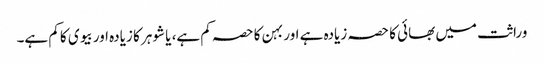
وراثت میں بھائی کا حصہ زیادہ ہے اور بہن کا حصہ کم ہے، یا شوہر کا زیادہ اور بیوی کا کم ہے۔